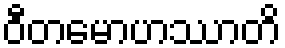
ဝီတမောဟဿာတိ